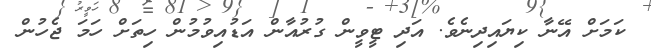
ކަމަށް އޭނާ ކިޔައިދިނެވެ. އަދި ޓީވީން ގުރުއާން އަޑުއިވުމުން ހިތަށް ހަމަ ޖެހުން